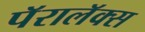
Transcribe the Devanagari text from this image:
पॅरालॅक्स